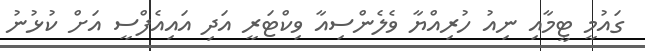
ގައުމީ ޓީމާއި ނިއު ހުރިއްޔާ ވެލެންސިއާ ވިކްޓަރީ އަދި އައިއެފްސީ އަށް ކުޅުނު